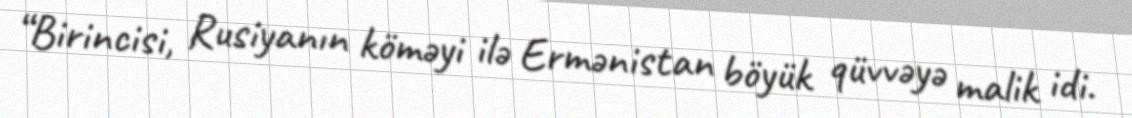
“Birincisi, Rusiyanın köməyi ilə Ermənistan böyük qüvvəyə malik idi.